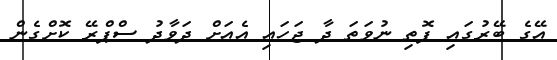
އޭގެ ބޭރުގައި ފޮތި ނުވަތަ ދާ ޖަހައި އެއަށް ދަވާދު ސްޕްރޭ ކޮށްގެން